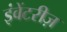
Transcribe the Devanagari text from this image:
इंवेंटरीज़